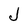
Character: J